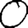
Digit: 0